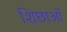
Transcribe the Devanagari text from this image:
शिछाओं